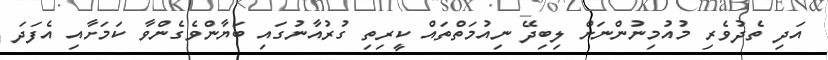
އަދި ތެދުވެރި މުއުމިނުންނަށް ލިބިދޭ ނިއުމަތްތައް ކީރިތި ގުރުއާނުގައި ބަޔާންވެގެންވާ ކަމަށާއި އެފަދަ